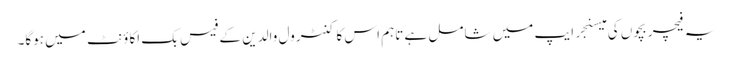
یہ فیچر بچوں کی میسنجر ایپ میں شامل ہے تاہم اس کا کنٹرول والدین کے فیس بک اکاؤنٹ میں ہوگا۔